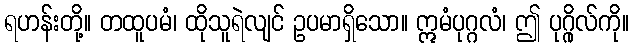
ရဟန်းတို့။ တထူပမံ၊ ထိုသူရဲလျင် ဥပမာရှိသော။ ဣမံပုဂ္ဂလံ၊ ဤ ပုဂ္ဂိုလ်ကို။